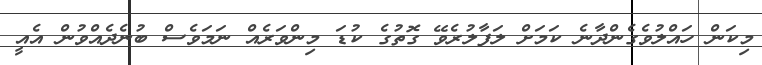
މިކަން ހައްލުވެގެންދާނެ ކަމަށް ލަފާލުރެވޭ ގޮތުގެ ކުޑަ މިންވަރެއް ނަމަވެސް ބުނެދެއްވުން އެއީ